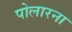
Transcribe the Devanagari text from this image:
पोलारना